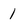
Character: 1